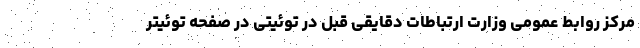
مرکز روابط عمومی وزارت ارتباطات دقایقی قبل در توئیتی در صفحه توئیتر